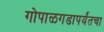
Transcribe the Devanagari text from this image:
गोपाळगडापर्यंतचा